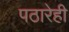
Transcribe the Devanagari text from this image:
पठारेही